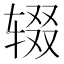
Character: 辍